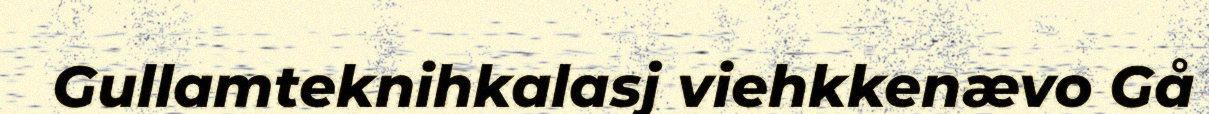
Gullamteknihkalasj viehkkenævo Gå